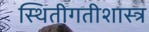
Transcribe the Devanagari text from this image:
स्थितीगतीशास्त्र